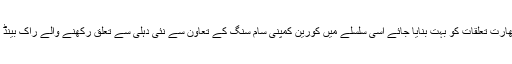
دونوں طرف کی حکومتوں کی بھی یہی کوشش تھی کہ پاک بھارت تعلقات کو بہت بنایا جائے اسی سلسلے میں کورین کمپنی سام سنگ کے تعاون سے نئی دہلی سے تعلق رکھنے والے راک بینڈ "یوفوریا" اور "سٹرنگز " نے مل کر "جیت لو دل" ریکارڈ کیا۔